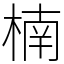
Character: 楠